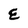
Character: E